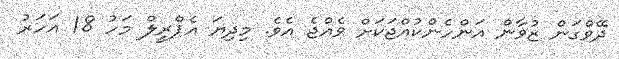
ދޭވްގަން ޒުވާން އަންހެންކުއްޖަކަށް ވެއްޖެ އެވެ. މިދިޔަ އެޕްރީލް މަހު 18 އަހަރު